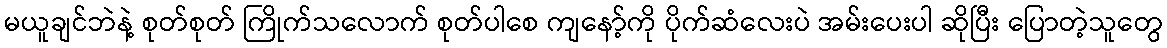
မယူချင်ဘဲနဲ့ စုတ်စုတ် ကြိုက်သလောက် စုတ်ပါစေ ကျနော့်ကို ပိုက်ဆံလေးပဲ အမ်းပေးပါ ဆိုပြီး ပြောတဲ့သူတွေ